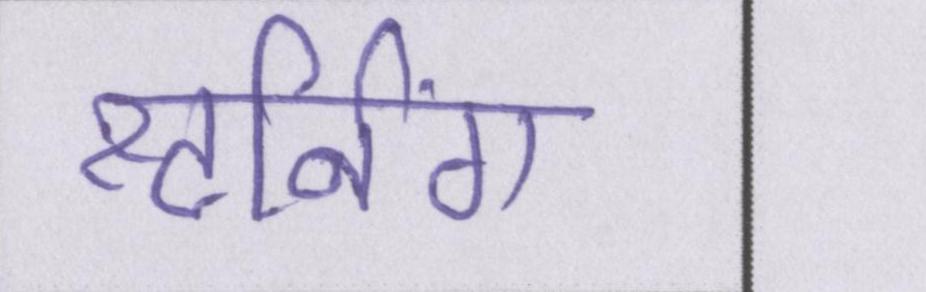
स्टर्निंग